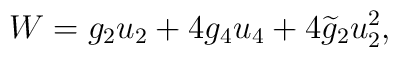
W = g_2 u_2 + 4g_4 u_4 + 4\widetilde{g}_2 u_2^2,